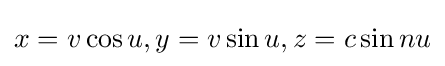
x=v\cos u,y=v\sin u,z=c\sin nu